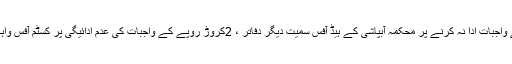
لیسکو کی جانب سے 40لاکھ روپے کی عدم ادائیگی پر شالیمار باغ ،8کروڑ روپے کے واجبات ادا نہ کرنے پر محکمہ آبپاشی کے ہیڈ آفس سمیت دیگر دفاتر ، 2کروڑ روپے کے واجبات کی عدم ادائیگی پر کسٹم آفس واہگہ اور لاکھوں روپے کا بل ادا نہ کرنے پر محکمہ فشریز کے کنکشنز منقطع کر دئیے ۔